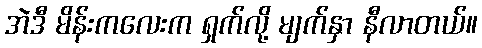
အဲဒီ မိန်းကလေးက ရှက်လို့ မျက်နှာ နီလာတယ်။